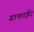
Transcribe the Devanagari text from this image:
ग्राफाईट